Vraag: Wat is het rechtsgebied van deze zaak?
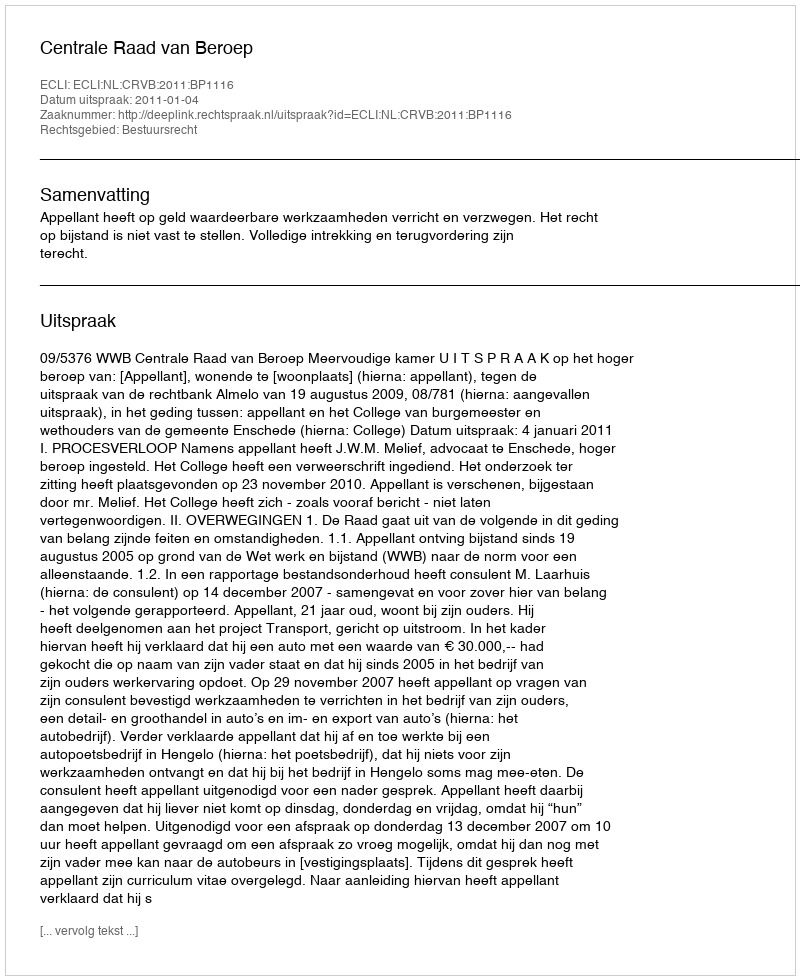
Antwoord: Bestuursrecht